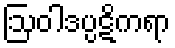
ဩဝါဒပ္ပဋိကရာ